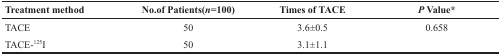
| Treatment method | No. of Patients(n=100) | Times of TACE | P Value* |
 | --- | --- | --- | --- |
 | TACE | 50 | 3.6±0.5 | 0.658 |
 | TACE-125I | 50 | 3.1±1.1 |  |